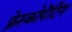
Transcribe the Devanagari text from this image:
फ्रेस्कोपेंटिंग